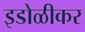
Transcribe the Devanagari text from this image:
इडोळीकर